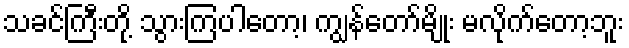
သခင်ကြီးတို့ သွားကြပါတော့၊ ကျွန်တော်မျိုး မလိုက်တော့ဘူး